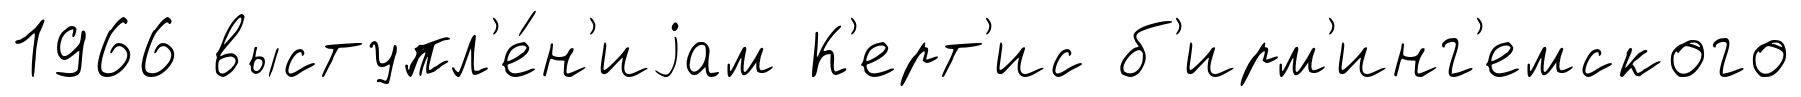
1966 выступл'е́н'иjам К'ерт'ис б'ирм'инг'емского